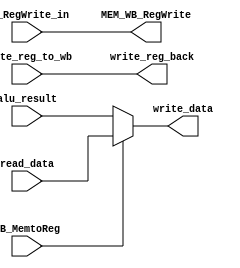
`timescale 1ns / 1ps
//////////////////////////////////////////////////////////////////////////////////
// Company: 
// Engineer: 
// 
// Design Name: 
// Module Name: WB
// Project Name: 
// Target Devices: 
// Tool Versions: 
// Description: 
// 
// Dependencies: 
// 
// Revision:
// Revision 0.01 - File Created
// Additional Comments:
// 
//////////////////////////////////////////////////////////////////////////////////


(* keep_hierarchy = "yes" *) module WB(WB_MemtoReg, WB_RegWrite_in, read_data, alu_result, write_reg_to_wb, write_data, write_reg_back, MEM_WB_RegWrite);
    input WB_MemtoReg, WB_RegWrite_in;
    input [31:0] read_data, alu_result;
    input [4:0] write_reg_to_wb;
    output [31:0] write_data;
    output [4:0] write_reg_back;
    output MEM_WB_RegWrite;
    
    assign write_data = (WB_MemtoReg)? read_data : alu_result;
    assign write_reg_back = write_reg_to_wb;
    assign MEM_WB_RegWrite = WB_RegWrite_in;
    
endmodule